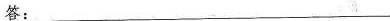
答：___